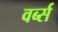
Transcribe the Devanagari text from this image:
वर्ब्स